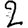
Digit: 2